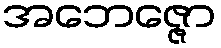
အဘေဇ္ဇော